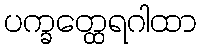
ပက္ခတ္ထေရဂါထာ